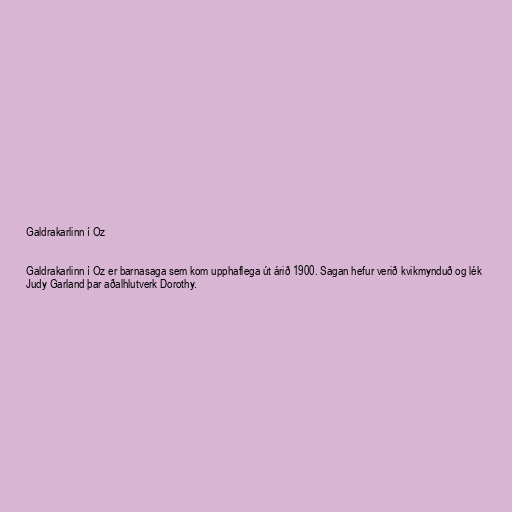
Galdrakarlinn í Oz

Galdrakarlinn í Oz er barnasaga sem kom upphaflega út árið 1900. Sagan hefur verið kvikmynduð og lék
Judy Garland þar aðalhlutverk Dorothy.